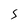
Character: 5